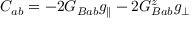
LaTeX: { \cal C } _ { a b } = - 2 G _ { B a b } g _ { \parallel } - 2 G _ { B a b } ^ { z } g _ { \perp }